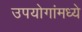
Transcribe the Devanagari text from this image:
उपयोगांमध्ये